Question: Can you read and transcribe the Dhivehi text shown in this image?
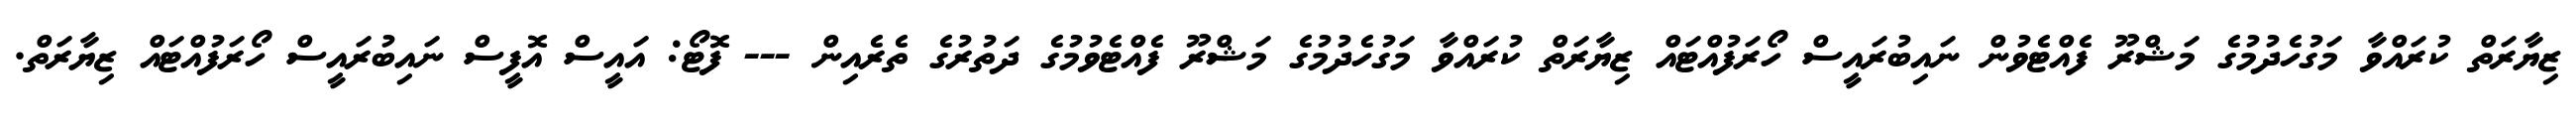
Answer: ޒިޔާރަތް ކުރައްވާ މަގުހެދުމުގެ މަޝްރޫ ފެއްޓެވުން ނައިބުރައީސް ހޯރަފުއްޓައް ޒިޔާރަތް ކުރައްވާ މަގުހެދުމުގެ މަޝްރޫ ފެއްޓެވުމުގެ ދަތުރުގެ ތެރެއިން --- ފޮޓޯ: އައީސް އޮފީސް ނައިބުރައީސް ހޯރަފުއްޓައް ޒިޔާރަތް.